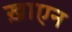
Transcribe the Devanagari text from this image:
ख़ाएन